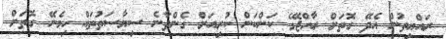
ރައްޔިތުން އެދޭ ގޮތަށް ރާާއްޖޭގެ ކަންކަން ކުރިއަށް ގެންދާނެ ސިޔާސަތުތައް ހިމެނޭ ގޮތަށް